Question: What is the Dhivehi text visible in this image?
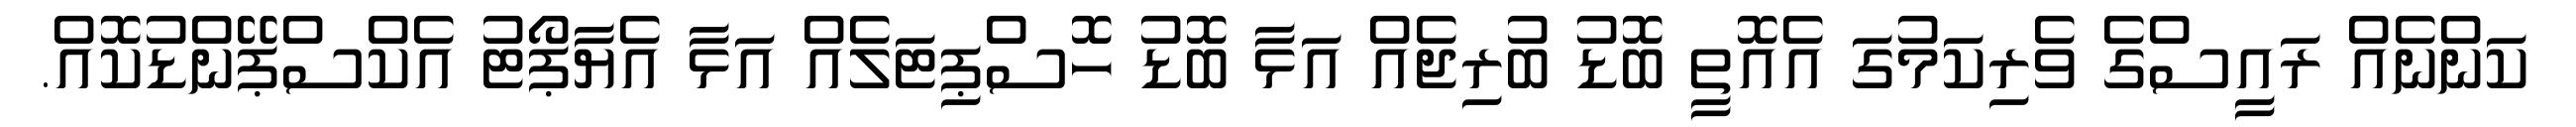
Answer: ކަންނެއް ރައީސްގެ ވެރިކަމުގަ އެއޮތީ ބޮޑު ބުރިޖެއް އަޅާ ބޮޑު ހޮސްޕިޓަލެއް އަޅާ އެޔާޕޯޓު އެކްސްޕޭންޑުކޮއް.